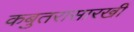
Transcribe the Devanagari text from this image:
कबुतरासारखी